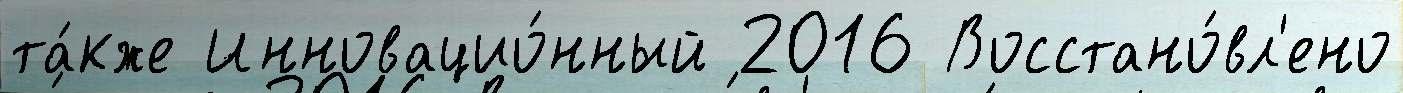
та́кже Инновацио́нный 2016 Восстано́вл'ено